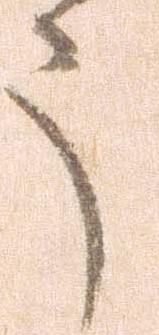
う